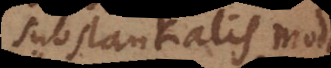
substantialis modo